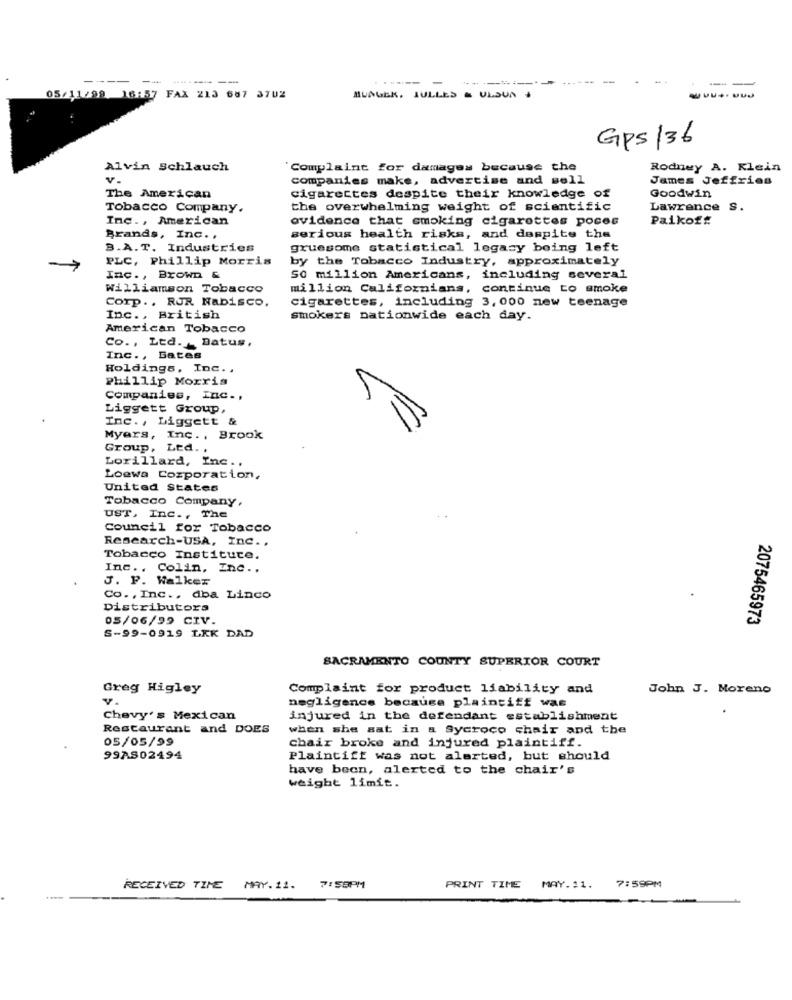
---
-..
-
05/11/99 16:57 FAX 213 687 3702
MUNGER, JULLES & ULSUN +
GPS/36
Alvin Schlauch
Complaint for damages because the
Rodney A. Klein
v.
companies make, advertise and sell
James Jeffries
The American
cigarettes despite their knowledge of
Goodwin
Tobacco Company.
the overwhelming weight of scientific
Lawrence S.
Inc ., American
evidence that smoking cigarettes pocos
Paikof#
Brands, Inc. .
serious health risks, and despite the
B.A.T. Industries
gruesome statistical legacy being left
PLC, Phillip Morris
by the Tobacco Industry, approximately
Inc ., Brown &
SO million Americans, including several
Williamson Tobacco
million Californians, continue to smoke
Corp .. RUR Nabisco.
cigarettes, including 3, 000 new teenage
Inc ., British
smokers nationwide each day.
American Tobacco
Co ., Ltd. _ Datus,
Inc ., Bates
Holdings, Inc ..
Phillip Morris
Companies, Inc .,
Liggett Group,
Inc ., Liggett &
Myars, Inc ., Brook
Group, Ltd. .
Lorillard, Inc ..
Loewa Corporation,
United States
Tobacco Company,
UST, Inc ., The
Council for Tobacco
Research-USA, Inc ..
Tobacco Instituce.
Inc ., Colin, Inc ..
J. P. Walker
Co ., Inc ., dba Linco
Distributors
05/06/99 CIV.
2075465973
S-99-0919 LEK DAD
SACRAMENTO COUNTY SUPERIOR COURT
Greg Higley
Complaint for product liability and
John J. Moreno
v.
negligence because plaintiff was
Chevy's Mexican
injured in the defendant establishment
Restaurant and DOES
when she sat in a Sycroco chair and the
05/05/99
chair broke and injured plaintiff.
99AS02494
Plaintiff was not alerted, but should
have been, alerted to the chair's
weight limit.
7:59PM
RECEIVED TIME
MAY. 11.
7:58PM
PRINT TIME
MAY. 11.